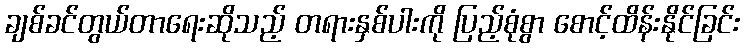
ချစ်ခင်တွယ်တာရေးဆိုသည့် တရားနှစ်ပါးကို ပြည့်စုံစွာ စောင့်ထိန်းနိုင်ခြင်း